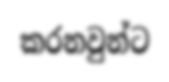
කරනවුන්ට